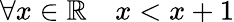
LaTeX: \forall x\in\mathbb{R}\quad x<x+1